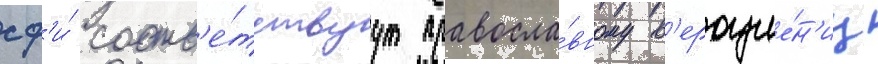
сф'и́ соотв'е́тствуут правосла́вному в'ероуче́н'иу